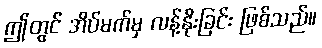
ဤတွင် အိပ်မက်မှ လန့်နိုးခြင်း ဖြစ်သည်။